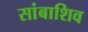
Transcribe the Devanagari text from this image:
सांबाशिव